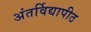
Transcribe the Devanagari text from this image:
अंतर्विद्यापीठ